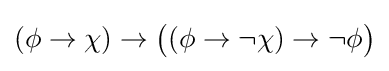
(\phi \to \chi )\to {\big (}(\phi \to \neg \chi )\to \neg \phi {\big )}